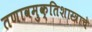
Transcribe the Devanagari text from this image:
तणावमुक्तिशास्त्राचे